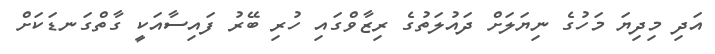
އަދި މިދިޔަ މަހުގެ ނިޔަލަށް ދައުލަތުގެ ރިޒާވްގައި ހުރި ބޭރު ފައިސާއަކީ ގާތްގަނޑަކަށް